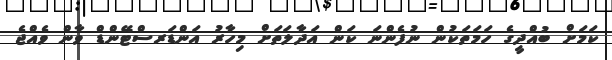
ކަމަށް ބުއްދީގެ ހަމަތަކުން ނުފެންނަ ކަން އަދާލަތަށް މިހާރު އަންޑަރސްޓޭންޑް ވާން ވެއްޖެ